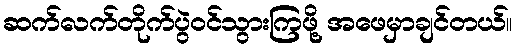
ဆက်လက်တိုက်ပွဲဝင်သွားကြဖို့ အဖေမှာချင်တယ်။